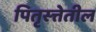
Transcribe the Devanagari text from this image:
पितृस्त्तेतील